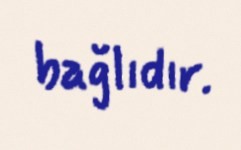
bağlıdır.